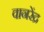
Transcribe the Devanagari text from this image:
वानरेंद्र